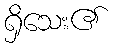
ရှိသေး၏